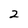
Character: 2